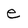
Character: e